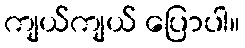
ကျယ်ကျယ် ပြောပါ။